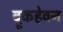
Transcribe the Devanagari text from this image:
ब्रूकहेवन